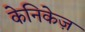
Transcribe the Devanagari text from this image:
केनिकेज़